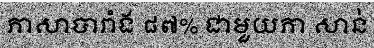
ភាសាបារាំង ៨៧% ជាមួយភា សាន់